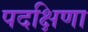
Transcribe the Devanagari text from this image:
पदक्षिणा